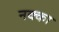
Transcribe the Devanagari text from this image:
नक्का